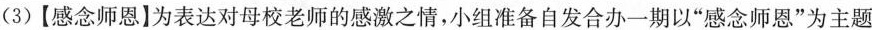
(3)【感念师恩】为表达对母校老师的感激之情，小组准备自发合办一期以”感念师恩”为主题